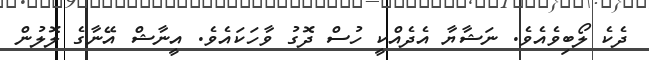
ދެކެ ލޯބިވެއެވެ. ނަޝާޔާ އެދެއްކީ ހުސް ދޮގު ވާހަކައެވެ. އީނާޝް އޭނާގެ ލޮލުން